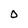
Character: O